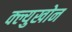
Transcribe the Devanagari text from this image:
क्ल्युखोन